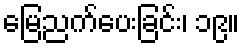
မြေညက်ပေးခြင်း၊ ၁၉။